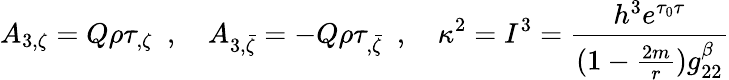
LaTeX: A_{3,\zeta}=Q\rho\tau_{,\zeta}\ \ ,\ \ \ \ A_{3,\bar{\zeta}}=-Q\rho\tau_{,\bar{\zeta}}\ \ ,\ \ \ \ \kappa^{2}=I^{3}={\frac{h^{3}e^{\tau_{0}\tau}}{(1-{\frac{2m}{r}})g_{22}^{\beta}}}